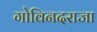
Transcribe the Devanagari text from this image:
गोविनदराजा